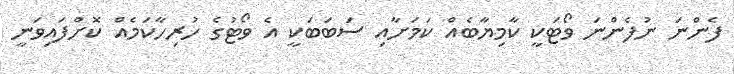
ފެންނަ ނުފެންނަ ވޯޓަކީ ކާމިޔާބެއް ކަމަށާއި ސަބަބަކީ އެ ވޯޓުގެ ހުރިހާކަމެއް ކޮށްފައިވަނީ